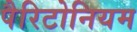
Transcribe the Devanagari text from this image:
पैरिटोनियम